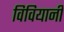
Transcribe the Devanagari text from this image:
विवियानी